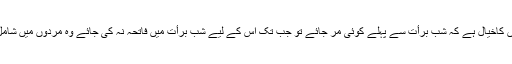
بعض لوگوں کاخیال ہے کہ شبِ برأت سے پہلے کوئی مر جائے تو جب تک اس کے لیے شبَ برأت میں فاتحہ نہ کی جائے وہ مُردوں میں شامل نہیں ہوتا۔